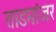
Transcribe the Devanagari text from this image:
ताडमांजर